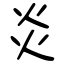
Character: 炎